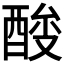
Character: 𰼉